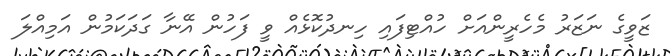
ޒަވީގެ ނަޒަރު މެހެރީންއަށް ހުއްޓިފައި ހިނދުކޮޅެއް ވީ ފަހުން އޭނާ ގަދަކަމުން އަމިއްލަ